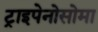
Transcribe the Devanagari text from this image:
ट्राइपेनोसोमा